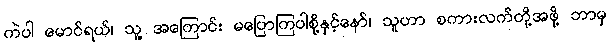
ကဲပါ မောင်ရယ်၊ သူ့ အကြောင်း မပြောကြပါစို့နှင့်နော်၊ သူဟာ စကားလက်တို့အဖို့ ဘာမှ